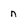
Character: n